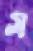
স